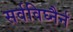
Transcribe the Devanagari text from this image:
सर्वविघ्नैर्न